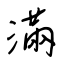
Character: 滿